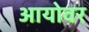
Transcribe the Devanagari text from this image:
आयोवर